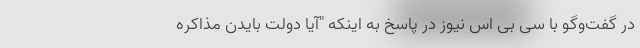
در گفت‌وگو با سی بی اس نیوز در پاسخ به اینکه "آیا دولت بایدن مذاکره